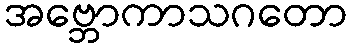
အဗ္ဘောကာသဂတော